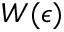
W ( \epsilon )